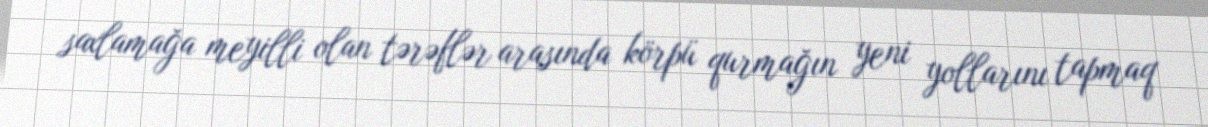
saxlamağa meyilli olan tərəflər arasında körpü qurmağın yeni yollarını tapmaq